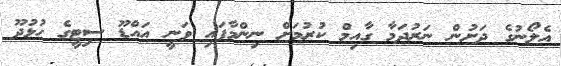
އެލޯނުގެ ދަށުން ނަރުދަމާ ގާއިމް ކުރުމަށް ނިންމާފައި ވަނީ އައްޑޫ ސިޓީގެ ހުޅުދޫ